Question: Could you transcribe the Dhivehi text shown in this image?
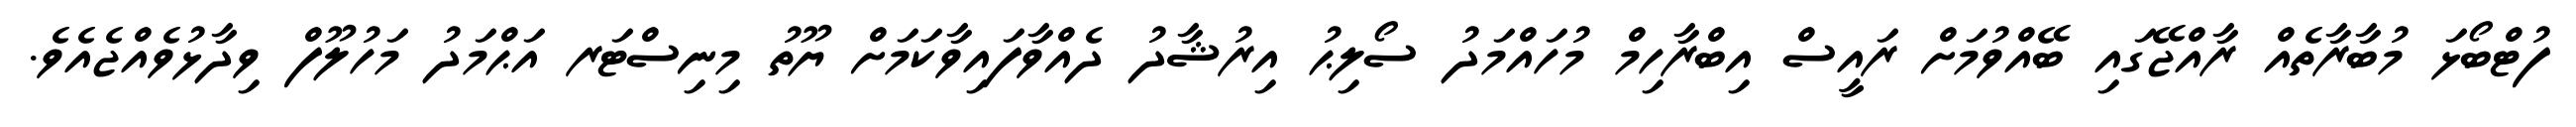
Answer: ފުޓްބޯޅަ މުބާރާތެއް ރާއްޖޭގައި ބޭއްވުމަށް ރައީސް އިބްރާހިމް މުހައްމަދު ސޯލިޙު އިރުޝާދު ދެއްވާފައިވާކަމަށް ޔޫތު މިނިސްޓަރ އަޙްމަދު މަހުލޫފް ވިދާޅުވެއްޖެއެވެ.